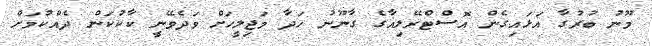
މޫނު ބުރުގާ އަޅައިގެން އޮސްޓްރޭލިއާގެ ގާނޫނު ހަދާ މަޖިލީހަށް ވަދެވޭނީ ކާކުކަން ދެއްކުމަށް